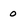
Character: 0